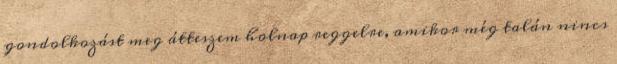
gondolkozást meg átteszem holnap reggelre, amikor még talán nincs